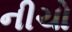
નીચો